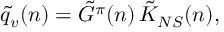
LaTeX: \tilde { q } _ { v } ( n ) = \tilde { G } ^ { \pi } ( n ) \, \tilde { K } _ { N S } ( n ) ,